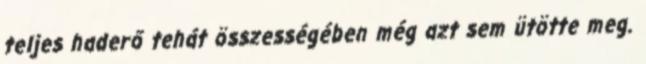
teljes haderő tehát összességében még azt sem ütötte meg.